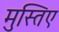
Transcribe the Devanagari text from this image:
मुस्तिए